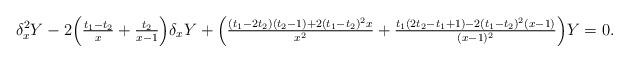
LaTeX: \begin{align*} \delta_x^2Y-2\Bigl( \tfrac{t_1-t_2}{x}+\tfrac{t_2}{x-1}\Bigr)\delta_xY+ \Bigl(\tfrac{(t_1-2t_2)(t_2-1)+2(t_1-t_2)^2x}{x^2} + \tfrac{t_1(2t_2-t_1+1)-2(t_1-t_2)^2(x-1)}{(x-1)^2}\Bigr)Y=0.\end{align*}